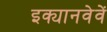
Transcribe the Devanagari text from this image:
इक्यानवेवें